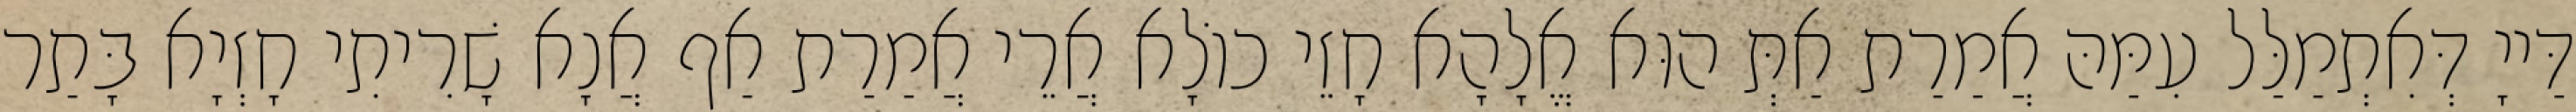
דַּייָ דְּאִתְמַלַּל עִמַּהּ אֲמַרַת אַתְּ הוּא אֱלָהָא חָזֵי כוֹלָא אֲרֵי אֲמַרַת אַף אֲנָא שָׁרִיתִי חָזְיָא בָּתַר